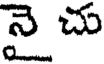
నై చు